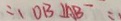
\therefore O B \bot A B